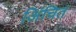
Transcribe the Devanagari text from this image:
अिंचित